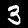
Digit: 3